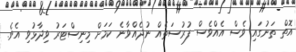
އޮތް ތަނުގައި ވެސް އެއްވެސް ފުރުސަތެއް ނުދެއްވާނެ ކަމަށް މިނިސްޓަރު ވިދާޅުވި އެވެ.